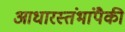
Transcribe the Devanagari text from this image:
आधारस्तंभांपैकी